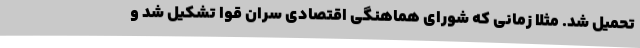
تحمیل شد. مثلاً زمانی که شورای هماهنگی اقتصادی سران قوا تشکیل شد و